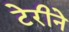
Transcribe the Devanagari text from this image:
टेरीने